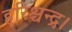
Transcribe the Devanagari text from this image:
हरिश्चन्द्र।